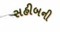
સહીબની